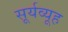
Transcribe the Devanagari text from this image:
सूर्यव्यूह